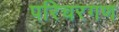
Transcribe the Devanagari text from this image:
परिचरगण